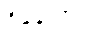
ရှိနေတာပါ။